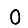
Digit: 0